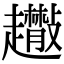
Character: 𧾬